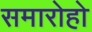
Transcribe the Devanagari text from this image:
समारोहो